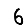
Digit: 6